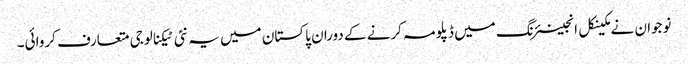
نوجوان نے مکینکل انجینئرنگ میں ڈپلومہ کرنے کے دوران پاکستان میں یہ نئی ٹیکنالوجی متعارف کروائی۔